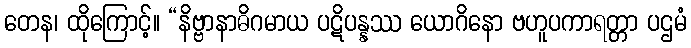
တေန၊ ထိုကြောင့်။ “နိဗ္ဗာနာဓိဂမာယ ပဋိပန္နဿ ယောဂိနော ဗဟူပကာရတ္တာ ပဌမံ